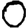
Digit: 0